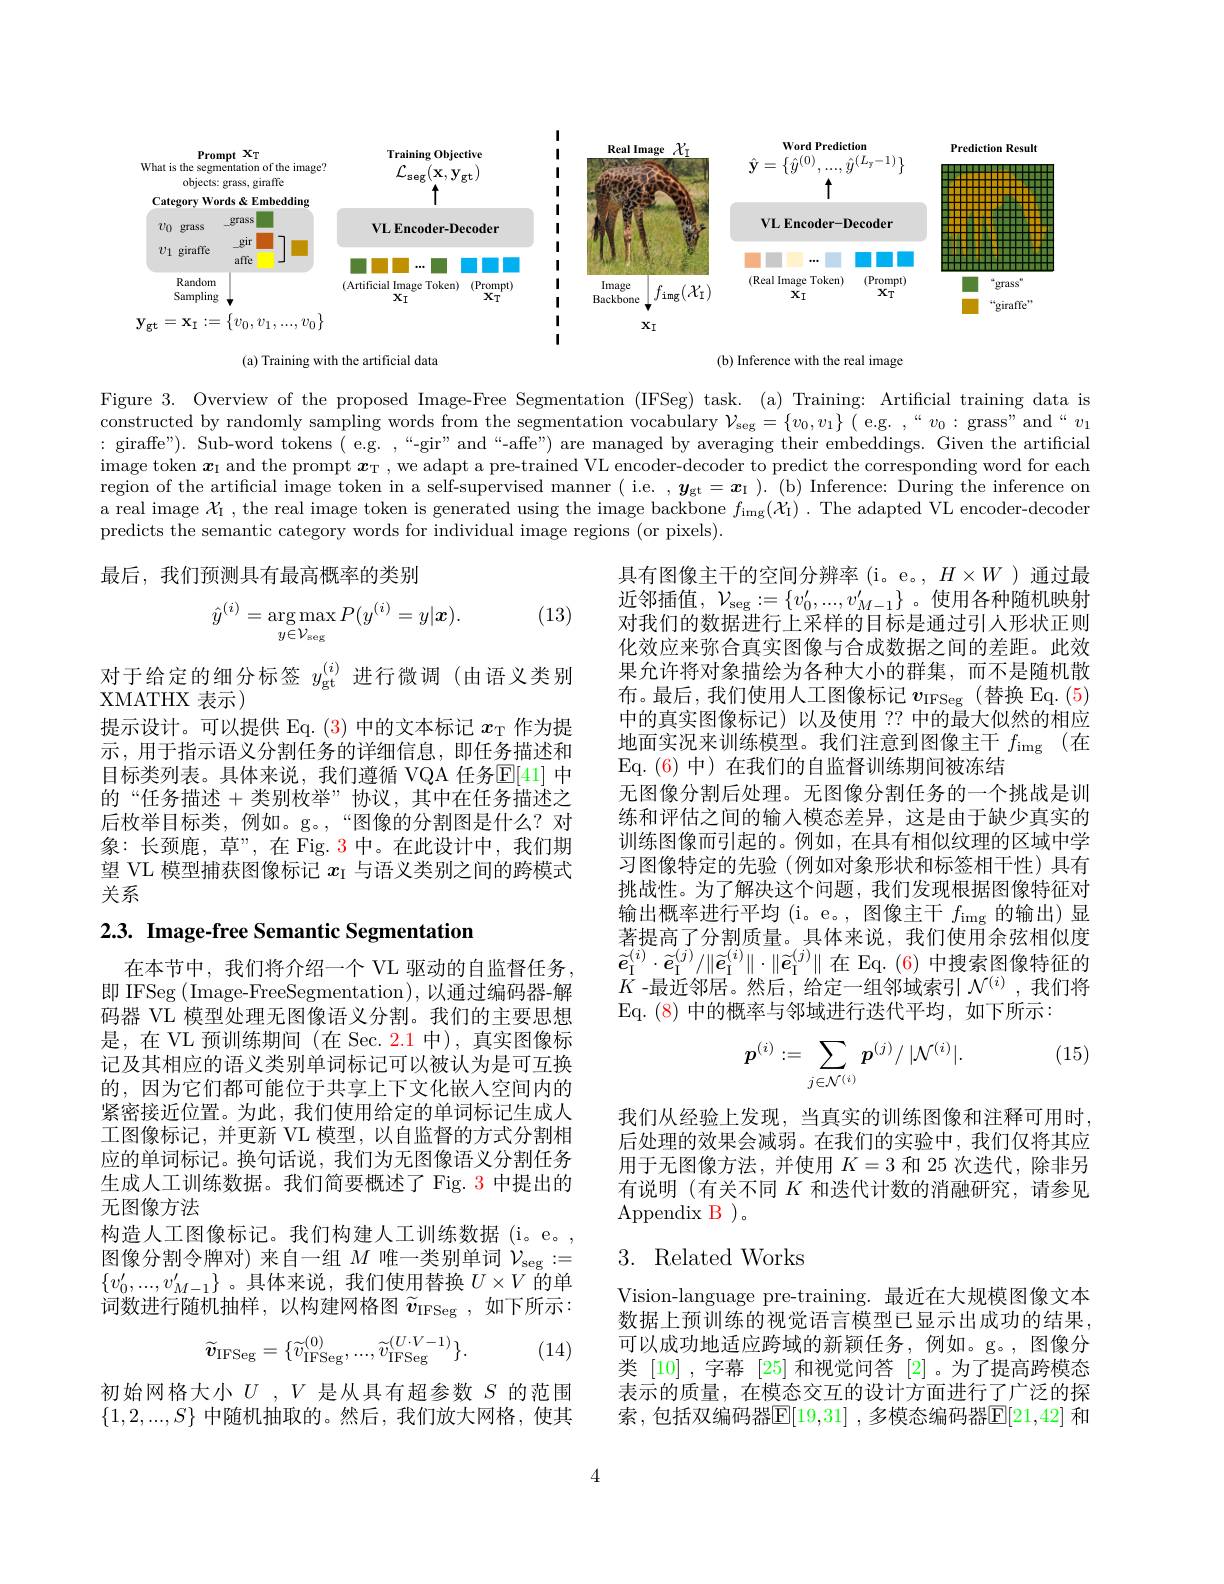
<FigureHere>
(a) Training with the artificial data
Inference with the real image

Figure 3. Overview of the proposed Image-Free Segmentation (IFSeg) task. (a) Training: Artificial training data is constructed by randomly sampling words from the segmentation vocabulary $\mathcal{V}_\mathrm{seg}=\{v_0,v_1\}$ ( e.g. ,“ $v_0:$ grass" and “$v_1$ : giraffe"). Sub-word tokens ( e.g. ,“-gir”and“-affe”) are managed by averaging their embeddings. Given the artificial image token $\boldsymbol{x}_1$ and the prompt $\boldsymbol{x}_\mathrm{T}$, we adapt a pre-trained VL encoder-decoder to predict the corresponding word for each region of the artificial image token in a self-supervised manner ( i.e. , $y_\mathrm{gt}=\boldsymbol{x}_\mathrm{I}$ ).(b) Inference: During the inference on a real image $\chi_1$ , the real image token is generated using the image backbone $f_\mathrm{img}(\mathcal{X}_\mathrm{I})$ .The adapted VL encoder-decoder predicts the semantic category words for individual image regions (or pixels).

最后，我们预测具有最高概率的类别

(13)
$$\hat y^{(i)}=\underset{y\in\mathcal V_{\mathrm{seg}}}{\arg\max}P(y^{(i)}=y|\boldsymbol x).$$
对于给定的细分标签$y_\mathrm{gt}^{(i)}$进行微调 (由语义类别
XMATHX 表示)
提示设计。可以提供 Eq. $\color{red}{(3)\text{ 中的文本标记 }x_\mathrm{T}}$作为提示，用于指示语义分割任务的详细信息，即任务描述和目标类列表。具体来说，我们遵循 VQA 任务$\mathbb{E}[41]$ 中的“任务描述+类别枚举”协议，其中在任务描述之后枚举目标类，例如。g。,“图像的分割图是什么？对象：长颈鹿，草”,在 Fig. 3 中。在此设计中，我们期望 VL 模型捕获图像标记$x_\mathrm{I}$与语义类别之间的跨模式关系

具有图像主干的空间分辨率(i。e。, $H\times W$ )通过最近邻插值，$\mathcal{V}_\mathrm{seg}:=\{v_0^{\prime},...,v_{M-1}^{\prime}\}$ 。使用各种随机映射对我们的数据进行上采样的目标是通过引人形状正则化效应来弥合真实图像与合成数据之间的差距。此效果允许将对象描绘为各种大小的群集，而不是随机散布。最后，我们使用人工图像标记$v_\mathrm{IFSeg}$ (替换 Eq.(5) 中的真实图像标记)以及使用 ?? 中的最大似然的相应地面实况来训练模型。我们注意到图像主干$f_\mathrm{img}$ (在Eq. ( 6) 中 ) 在我们的自监督训练期间被冻结
无图像分割后处理。无图像分割任务的一个挑战是训练和评估之间的输入模态差异，这是由于缺少真实的训练图像而引起的。例如，在具有相似纹理的区域中学习图像特定的先验(例如对象形状和标签相干性)具有挑战性。为了解决这个问题，我们发现根据图像特征对输出概率进行平均 (i。e。,图像主干 $f_\mathrm{img}$的输出)显著提高了分割质量。具体来说，我们使用余弦相似度$\widetilde{e}_{\mathrm{I}}^{(i)}\cdot\widetilde{e}_{\mathrm{I}}^{(j)}/\|\widetilde{e}_{\mathrm{I}}^{(i)}\|\cdot\|\widetilde{e}_{\mathrm{I}}^{(j)}\|$在 Eq.(6)中搜索图像特征的$K$ -最近邻居。然后，给定一组邻域索引$\mathcal{N}^(i)$ ,我们将Eq. (8) 中的概率与邻域进行迭代平均，如下所示：

# 2.3. Image-free Semantic Segmentation

(15)
$$\boldsymbol{p}^{(i)}:=\sum_{j\in\mathcal{N}^{(i)}}\boldsymbol{p}^{(j)}/\:|\mathcal{N}^{(i)}|.$$
在本节中，我们将介绍一个 VL 驱动的自监督任务即 IFSeg (Image-FreeSegmentation), 以通过编码器-解码器 VL 模型处理无图像语义分割。我们的主要思想是，在 VL 预训练期间 (在 Sec. 2.1 中), 真实图像标记及其相应的语义类别单词标记可以被认为是可互换的，因为它们都可能位于共享上下文化嵌入空间内的紧密接近位置。为此，我们使用给定的单词标记生成人工图像标记，并更新 VL 模型，以自监督的方式分割相应的单词标记。换句话说，我们为无图像语义分割任务生成人工训练数据。我们简要概述了 Fig. 3 中提出的无图像方法
构造人工图像标记。我们构建人工训练数据(i。e。图像分割令牌对) 来自一组$M$唯一类别单词$\mathcal{V}_\mathrm{seg}:=$ $\{v_0^{\prime},...,v_{M-1}^{\prime}\}$ 。具体来说，我们使用替换$U\times V$的单词数进行随机抽样，以构建网格图$\widetilde{v}_\mathrm{IFSeg}$,如下所示：

我们从经验上发现，当真实的训练图像和注释可用时， 后处理的效果会减弱。在我们的实验中，我们仅将其应用于无图像方法，并使用$K=3$和 25 次迭代，除非另有说明 (有关不同$K$和迭代计数的消融研究，请参见Appendix B)。

# 3. Related Works
$$\widetilde{\boldsymbol{v}}_{\mathrm{IFSeg}}=\{\widetilde{v}_{\mathrm{IFSeg}}^{(0)},...,\widetilde{v}_{\mathrm{IFSeg}}^{(U\cdot V-1)}\}.$$
(14)

Vision-language pre-training. 最近在大规模图像文本数据上预训练的视觉语言模型已显示出成功的结果， 可以成功地适应跨域的新颖任务，例如。g。,图像分类 [10],字幕 [25]和视觉问答 [2]。为了提高跨模态表示的质量，在模态交互的设计方面进行了广泛的探索，包括双编码器$\mathbb{E}[19,31]$ ,多模态编码器$\mathbb{E}[21,42]$ 和

初始网格大小$U$ $, V$是从具有超参数$S$的范围$\{1,2,...,S\}$中随机抽取的。然后，我们放大网格，使其

4